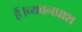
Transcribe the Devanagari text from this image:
हैं।च्यवनप्राश